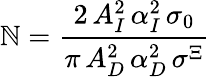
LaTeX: \mathbb{N}=\frac{{2\, A_{I}^{2}\, \alpha_{I}^{2}\, \sigma_{0}}}{{\pi\, A_{D}^{2}\, \alpha_{D}^{2}\, \sigma^{\Xi}}}